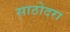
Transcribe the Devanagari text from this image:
साठोदरा